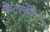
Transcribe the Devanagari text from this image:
केटर्लेने